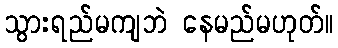
သွားရည်မကျဘဲ နေမည်မဟုတ်။